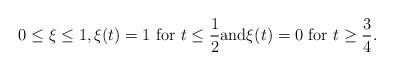
LaTeX: \begin{align*}0\leq \xi \leq 1,\xi(t) = 1 \ \mbox{for}\ t\leq \frac{1}{2} \mbox{and} \xi(t) = 0 \ \mbox{for} \ t\geq \frac{3}{4}.\end{align*}